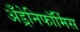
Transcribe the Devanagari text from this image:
अँड्रेनिफॉर्मिस